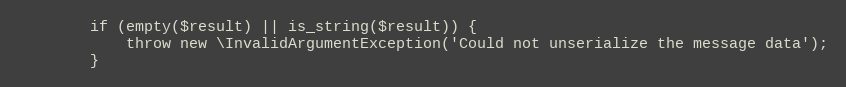
Language: PHP
        if (empty($result) || is_string($result)) {
            throw new \InvalidArgumentException('Could not unserialize the message data');
        }